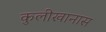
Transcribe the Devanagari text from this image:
कुलीखानास